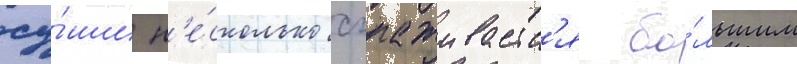
су́ши н'е́сколько сглаживаетс'я бо́льшим